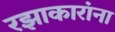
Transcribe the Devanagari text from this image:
रझाकारांना